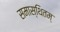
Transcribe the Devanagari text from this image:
समास्थितम्